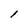
Character: 1